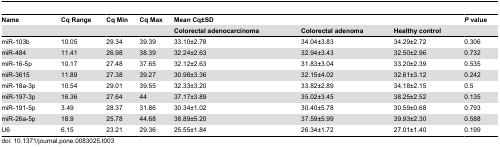
<table><thead><tr><td><b>Name</b></td><td><b>Cq Range</b></td><td><b>Cq Min</b></td><td><b>Cq Max</b></td><td><b>Mean Cq±SD</b></td><td></td><td></td><td><b><i>P</i> value</b></td></tr><tr><td></td><td></td><td></td><td></td><td><b>Colorectal adenocarcinoma</b></td><td><b>Colorectal adenoma</b></td><td><b>Healthy control</b></td><td></td></tr></thead><tbody><tr><td>miR-103b</td><td>10.05</td><td>29.34</td><td>39.39</td><td>33.10±2.78</td><td>34.04±3.83</td><td>34.29±2.72</td><td>0.306</td></tr><tr><td>miR-484</td><td>11.41</td><td>26.98</td><td>38.39</td><td>32.24±2.63</td><td>32.94±3.43</td><td>32.50±2.96</td><td>0.732</td></tr><tr><td>miR-16-5p</td><td>10.17</td><td>27.48</td><td>37.65</td><td>32.12±2.63</td><td>31.83±3.04</td><td>33.20±2.39</td><td>0.535</td></tr><tr><td>miR-3615</td><td>11.89</td><td>27.38</td><td>39.27</td><td>30.98±3.36</td><td>32.15±4.02</td><td>32.61±3.12</td><td>0.242</td></tr><tr><td>miR-18a-3p </td><td>10.54</td><td>29.01</td><td>39.55</td><td>32.33±3.20</td><td>33.82±2.89</td><td>34.18±2.15</td><td>0.5</td></tr><tr><td>miR-197-3p</td><td>16.36</td><td>27.64</td><td>44</td><td>37.17±3.89</td><td>35.02±3.45</td><td>38.25±2.52</td><td>0.135</td></tr><tr><td>miR-191-5p</td><td>3.49</td><td>28.37</td><td>31.86</td><td>30.34±1.02</td><td>30.40±5.78</td><td>30.59±0.68</td><td>0.793</td></tr><tr><td>miR-26a-5p</td><td>18.9</td><td>25.78</td><td>44.68</td><td>38.89±5.20</td><td>37.59±5.99</td><td>39.93±2.30</td><td>0.588</td></tr><tr><td>U6</td><td>6.15</td><td>23.21</td><td>29.36</td><td>25.55±1.84</td><td>26.34±1.72</td><td>27.01±1.40</td><td>0.199</td></tr></tbody></table>